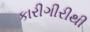
કારીગીરીથી